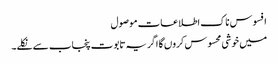
افسوس ناک اطلاعات موصول
میں خوشی محسوس کروں گا اگر یہ تابوت پنجاب سے نکلے۔